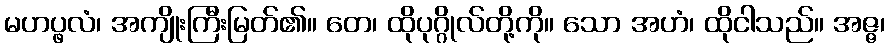
မဟပ္ဖလံ၊ အကျိုးကြီးမြတ်၏။ တေ၊ ထိုပုဂ္ဂိုလ်တို့ကို။ သော အဟံ၊ ထိုငါသည်။ အဇ္ဇ၊